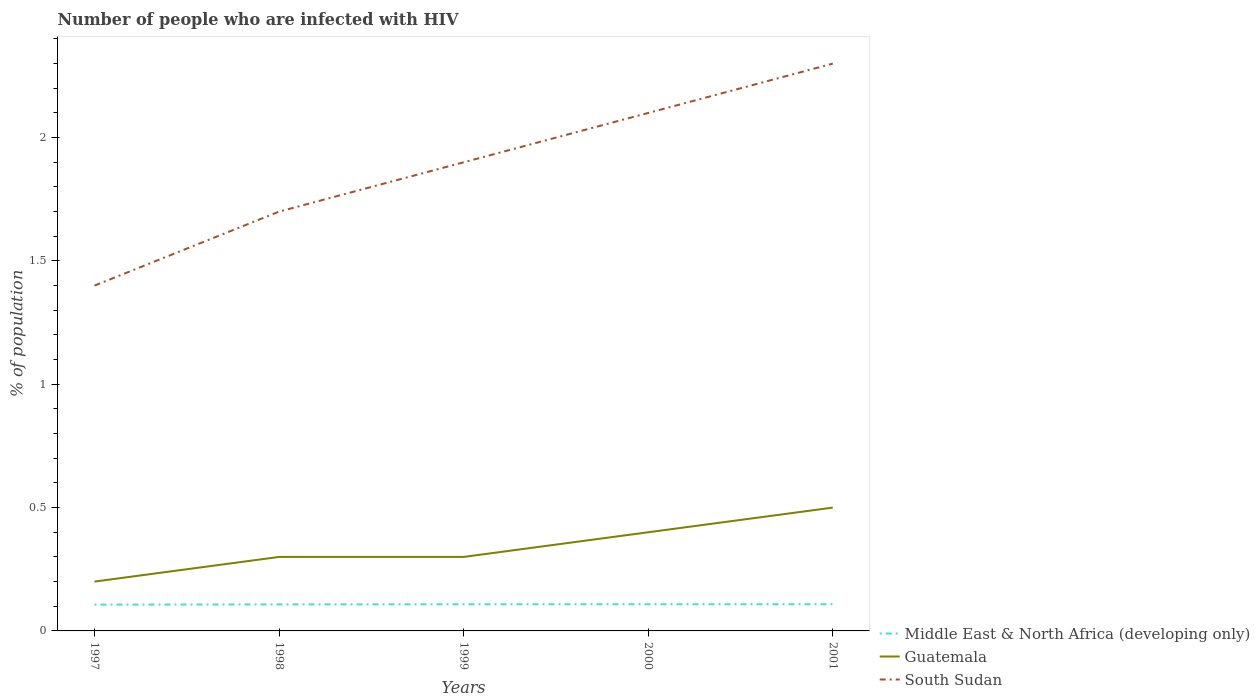
| Years | Middle East & North Africa (developing only) | Guatemala | South Sudan |
 | --- | --- | --- | --- |
 | 1997 | 0.107 | 0.2 | 1.4 |
 | 1998 | 0.107 | 0.3 | 1.7 |
 | 1999 | 0.108 | 0.3 | 1.9 |
 | 2000 | 0.108 | 0.4 | 2.1 |
 | 2001 | 0.108 | 0.5 | 2.3 |